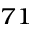
^ { 7 1 }